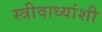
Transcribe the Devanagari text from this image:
स्त्रीवाध्यांशी